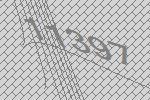
11397